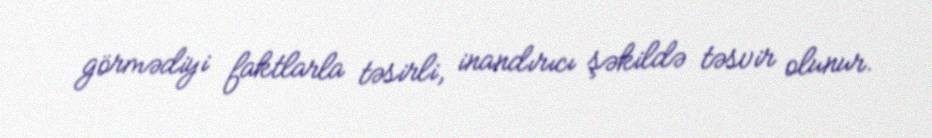
görmədiyi faktlarla təsirli, inandırıcı şəkildə təsvir olunur.